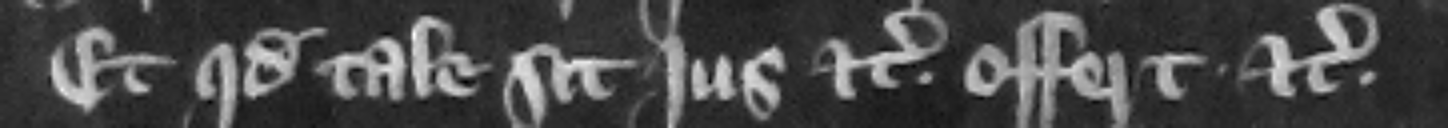
Et quod tale sit jus etc. offert etc.